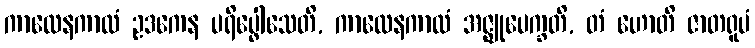
ကာလေနကာလံ ဥဒကေန ပရိပ္ဖေါသေတိ, ကာလေနကာလံ အဇ္ဈုပေက္ခတိ, တံ ဟောတိ ဇာတရူပံ